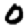
Digit: 0